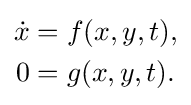
{\begin{aligned}{\dot {x}}&=f(x,y,t),\\0&=g(x,y,t).\end{aligned}}